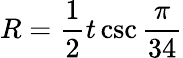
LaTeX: R={\frac{1}{2}}t\csc{\frac{\pi}{34}}